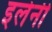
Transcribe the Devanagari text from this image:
इलेनी